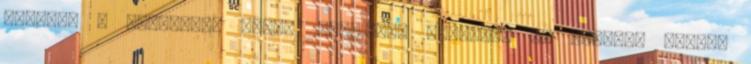
Ferenc: A kétpólusú világ 1945–1989. Tankönyv és atlasz. Dialóg